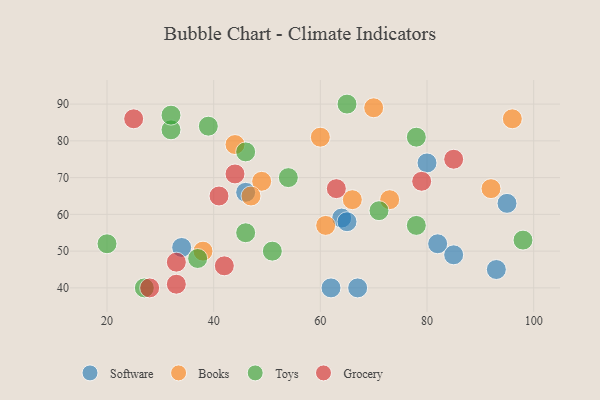
{"axis": {"x": "GDP", "y": "Life Expectancy"}, "legend": ["Books", "Grocery", "Software", "Toys"], "data": [{"x": "80", "y": 74, "type": "Software"}, {"x": "67", "y": 40, "type": "Software"}, {"x": "95", "y": 63, "type": "Software"}, {"x": "34", "y": 51, "type": "Software"}, {"x": "85", "y": 49, "type": "Software"}, {"x": "64", "y": 59, "type": "Software"}, {"x": "65", "y": 58, "type": "Software"}, {"x": "82", "y": 52, "type": "Software"}, {"x": "46", "y": 66, "type": "Software"}, {"x": "62", "y": 40, "type": "Software"}, {"x": "93", "y": 45, "type": "Software"}, {"x": "44", "y": 79, "type": "Books"}, {"x": "96", "y": 86, "type": "Books"}, {"x": "60", "y": 81, "type": "Books"}, {"x": "70", "y": 89, "type": "Books"}, {"x": "73", "y": 64, "type": "Books"}, {"x": "49", "y": 69, "type": "Books"}, {"x": "66", "y": 64, "type": "Books"}, {"x": "38", "y": 50, "type": "Books"}, {"x": "92", "y": 67, "type": "Books"}, {"x": "61", "y": 57, "type": "Books"}, {"x": "47", "y": 65, "type": "Books"}, {"x": "27", "y": 40, "type": "Toys"}, {"x": "32", "y": 83, "type": "Toys"}, {"x": "32", "y": 87, "type": "Toys"}, {"x": "78", "y": 57, "type": "Toys"}, {"x": "46", "y": 77, "type": "Toys"}, {"x": "20", "y": 52, "type": "Toys"}, {"x": "65", "y": 90, "type": "Toys"}, {"x": "37", "y": 48, "type": "Toys"}, {"x": "98", "y": 53, "type": "Toys"}, {"x": "46", "y": 55, "type": "Toys"}, {"x": "78", "y": 81, "type": "Toys"}, {"x": "39", "y": 84, "type": "Toys"}, {"x": "51", "y": 50, "type": "Toys"}, {"x": "54", "y": 70, "type": "Toys"}, {"x": "71", "y": 61, "type": "Toys"}, {"x": "42", "y": 46, "type": "Grocery"}, {"x": "25", "y": 86, "type": "Grocery"}, {"x": "44", "y": 71, "type": "Grocery"}, {"x": "79", "y": 69, "type": "Grocery"}, {"x": "33", "y": 47, "type": "Grocery"}, {"x": "28", "y": 40, "type": "Grocery"}, {"x": "41", "y": 65, "type": "Grocery"}, {"x": "63", "y": 67, "type": "Grocery"}, {"x": "85", "y": 75, "type": "Grocery"}, {"x": "33", "y": 41, "type": "Grocery"}]}